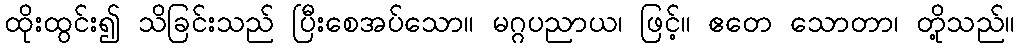
ထိုးထွင်း၍ သိခြင်းသည် ပြီးစေအပ်သော။ မဂ္ဂပညာယ၊ ဖြင့်။ ဧတေ သောတာ၊ တို့သည်။